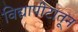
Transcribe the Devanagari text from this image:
विद्यापीटातून